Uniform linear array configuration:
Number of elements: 4
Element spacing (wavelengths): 0.75
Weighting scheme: exponential
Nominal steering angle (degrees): -45
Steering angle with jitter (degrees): -44.744
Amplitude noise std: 0.05
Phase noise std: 0.05

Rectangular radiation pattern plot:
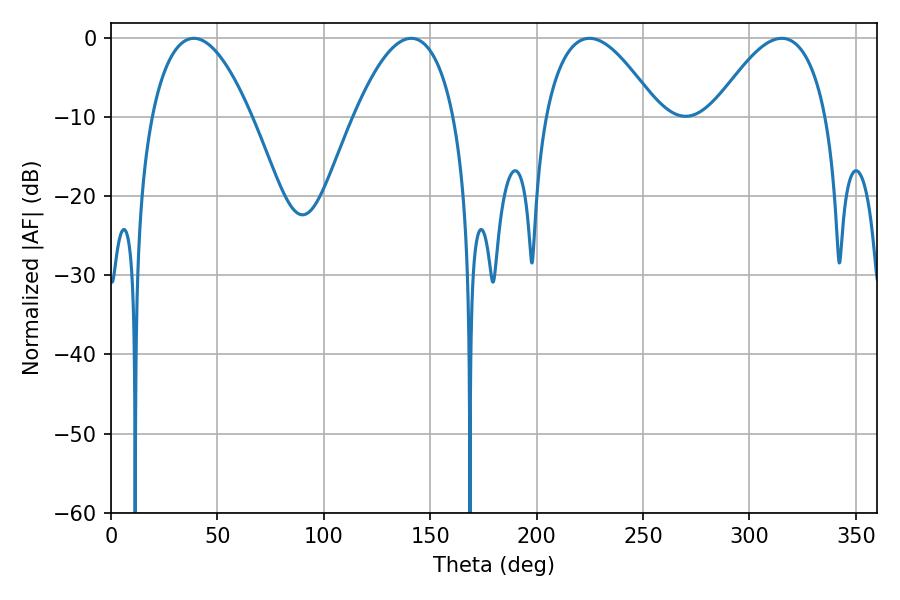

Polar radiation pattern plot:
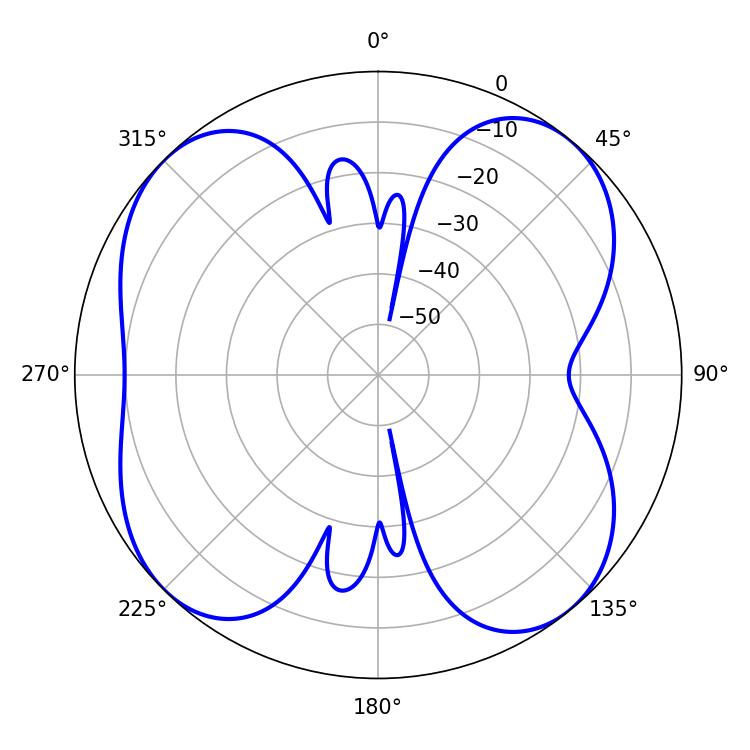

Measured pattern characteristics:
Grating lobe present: TRUE
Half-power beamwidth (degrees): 29.16
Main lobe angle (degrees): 224.82